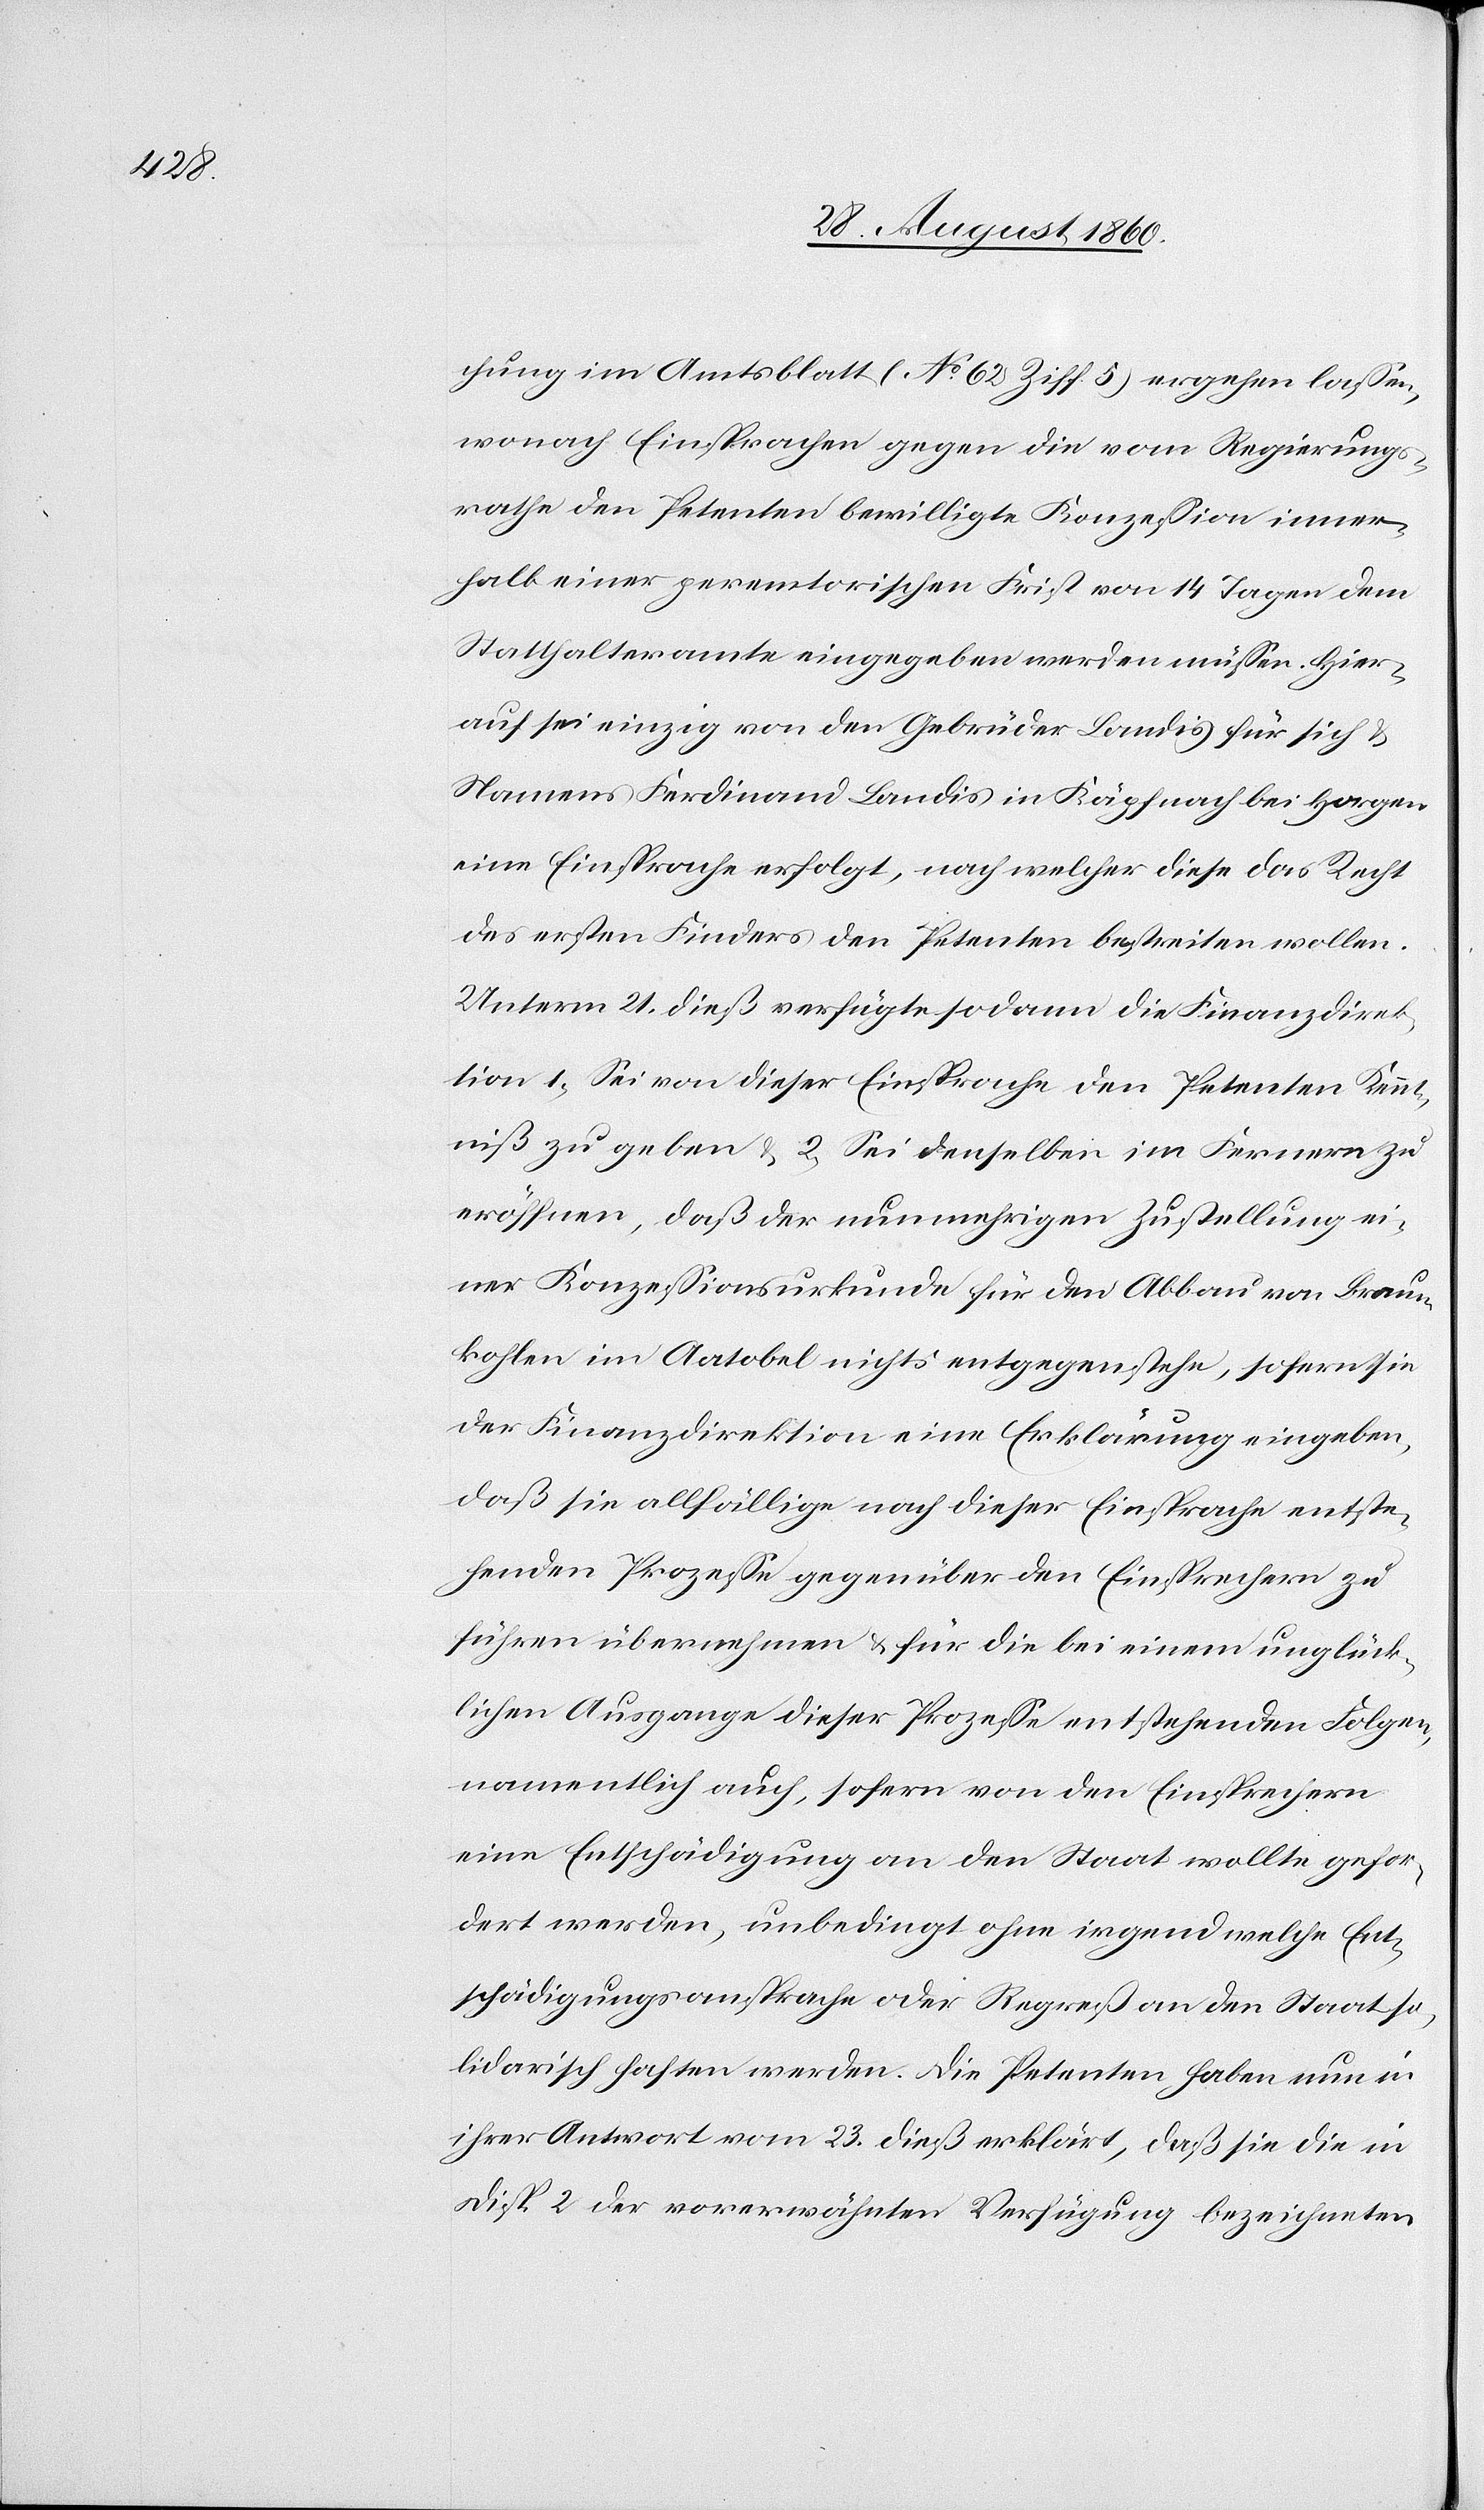
chung im Amtsblatt (No 62 Ziff. 5) ergehen lassen,
wonach Einsprachen gegen die vom Regierungs¬
rathe den Petenten bewilligte Conzession inner¬
halb einer peremtorischen Frist von 14 Tagen dem
Statthalteramte eingegeben werden müssen. Hier¬
auf sei einzig von den Gebrüder Landis für sich u.
Namens Ferdinand Landis in Käpfnach bei Horgen
eine Einsprache erfolgt, nach welcher diese das Recht
des ersten Finders den Petenten bestreiten wollen.
Unterm 21. diess verfügte sodann die Finanzdirek¬
tion: 1) Sei von dieser Einsprache den Petenten Kennt¬
niss zu geben u. 2) Sei denselben im Fernern zu
eröffnen, dass der nunmehrigen Zustellung ei¬
ner Conzessionsurkunde für den Abbau von Braun¬
kohlen im Aatobel nichts entgegenstehe, sofern sie
der Finanzdirektion eine Erklärung eingegeben,
dass sie allfällige nach dieser Einsprache entste¬
henden Prozesse[n] gegenüber den Einsprechern zu
führen übernehmen u. für die bei einem unglück¬
lichen Ausgange dieser Prozesse entstehenden Folgen,
namentlich auch, so fern von den Einsprechern
eine Entschädigung an den Staat wollte gefor¬
dert werden, unbedingt ohne irgend welche Ent¬
schädigungsaussprache oder Repress an den Staat so¬
lidarisch haften werden. Die Petenten haben nun in
ihrer Antwort vom 23. diess erklärt, dass sie die in
Disp. II der vorerwähnten Verfügung bezeichneten